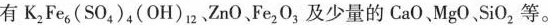
有K_{2]Fe_{6}(SO_{4})_{4}(OH)_{12}、ZnO、 Fe_{2}O_{3}及少量的CaO、MgO SiO_{2}等。